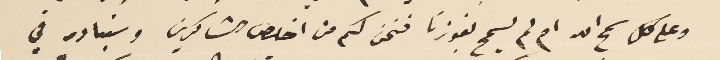
وعلى كل سمح الله ام لم يسمح بفوزنا فنحن لكم من اخلص الشاكرين وسنبادر في